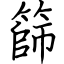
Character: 篩